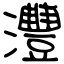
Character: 灃